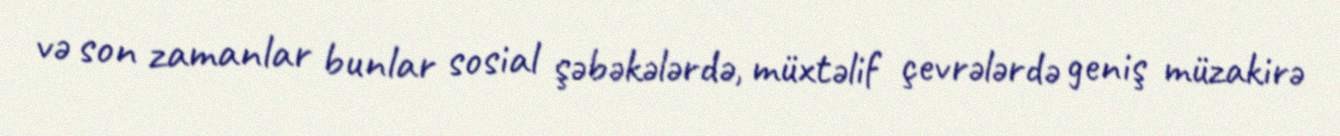
və son zamanlar bunlar sosial şəbəkələrdə, müxtəlif çevrələrdə geniş müzakirə